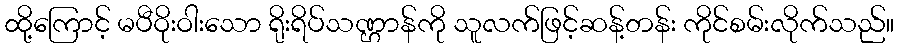
ထို့ကြောင့် မပီဝိုးဝါးသော ရိုးရိပ်သဏ္ဌာန်ကို သူလက်ဖြင့်ဆန့်တန်း ကိုင်စမ်းလိုက်သည်။